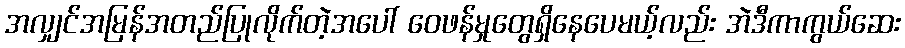
အလျှင်အမြန်အတည်ပြုလိုက်တဲ့အပေါ် ဝေဖန်မှုတွေရှိနေပေမယ့်လည်း အဲဒီကာကွယ်ဆေး